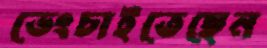
ভেংচাইতেছেন